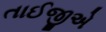
તાઈજીએ